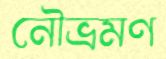
নৌভ্রমণ